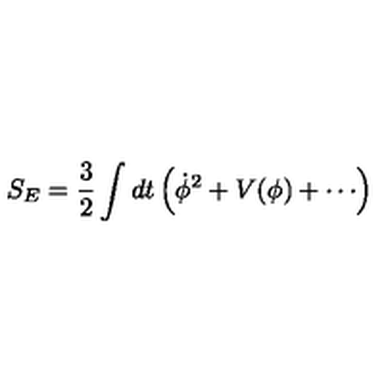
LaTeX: S _ { E } = \frac { 3 } { 2 } \int d t \left( { \dot { \phi } } ^ { 2 } + V ( \phi ) + \cdots \right)